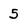
Character: 5